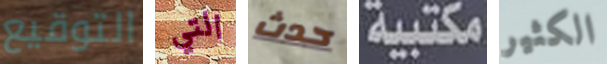
التوقيع التي حدث مكتبية الكثير